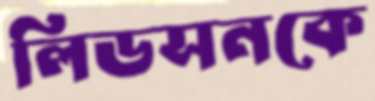
লিডসনকে